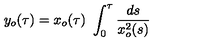
y _ { o } ( \tau ) = x _ { o } ( \tau ) \ \int _ { 0 } ^ { \tau } { \frac { d s } { x _ { o } ^ { 2 } ( s ) } }